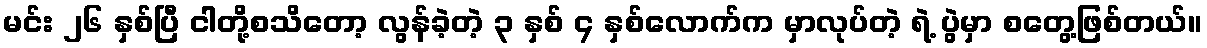
မင်း ၂၆ နှစ်ပြီ ငါတို့စသိတော့ လွန်ခဲ့တဲ့ ၃ နှစ် ၄ နှစ်လောက်က မှာလုပ်တဲ့ ရဲ့ ပွဲမှာ စတွေ့ဖြစ်တယ်။